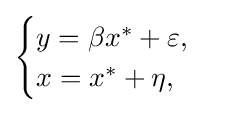
{\begin{cases}y=\beta x^{*}+\varepsilon ,\\x=x^{*}+\eta ,\end{cases}}